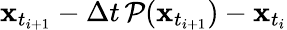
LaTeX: \mathbf{x}_{t_{i+1}}-\Delta t\, \mathcal{P}(\mathbf{x}_{t_{i+1}})-\mathbf{x}_{t_{i}}